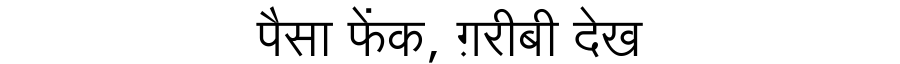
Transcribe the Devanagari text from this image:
पैसा फेंक, ग़रीबी देख